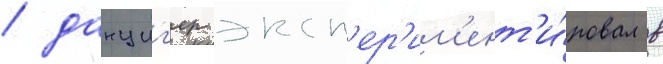
/ данциг'ер эксп'ер'им'ент'и́ровал в